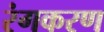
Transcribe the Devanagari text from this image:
रंगकरण